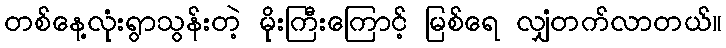
တစ်နေ့လုံးရွာသွန်းတဲ့ မိုးကြီးကြောင့် မြစ်ရေ လျှံတက်လာတယ်။